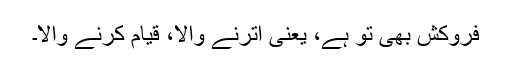
فِروکش بھی تو ہے، یعنی اترنے والا، قیام کرنے والا۔